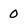
Character: 0